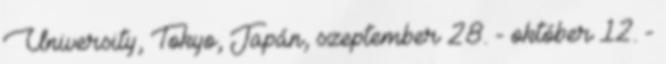
University, Tokyo, Japán, szeptember 28. - október 12. -